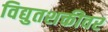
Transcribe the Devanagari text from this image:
विद्युतशक्तीवर